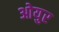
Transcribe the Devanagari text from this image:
ओयुर